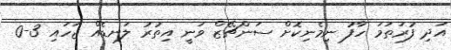
އަދި ފުރަތަމަ ހާފު ނިމެނިކޮށް ސަންޗޭޒް ވަނީ އިތުރު ލަނޑެއް ޖަހަައި 3-0